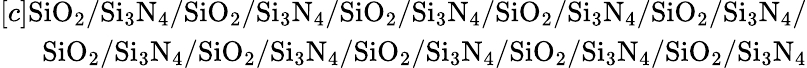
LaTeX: \begin{array}{r}{[c]\mathrm{SiO_{2}/Si_{3}N_{4}/SiO_{2}/Si_{3}N_{4}/SiO_{2}/Si_{3}N_{4}/SiO_{2}/Si_{3}N_{4}/SiO_{2}/Si_{3}N_{4}/}}\\ {\mathrm{SiO_{2}/Si_{3}N_{4}/SiO_{2}/Si_{3}N_{4}/SiO_{2}/Si_{3}N_{4}/SiO_{2}/Si_{3}N_{4}/SiO_{2}/Si_{3}N_{4}}}\end{array}